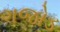
ગજોડ